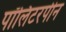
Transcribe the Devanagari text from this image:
पॉलिटरपीन